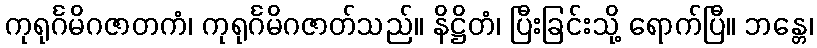
ကုရုင်္ဂမိဂဇာတကံ၊ ကုရုင်္ဂမိဂဇာတ်သည်။ နိဋ္ဌိတံ၊ ပြီးခြင်းသို့ ရောက်ပြီ။ ဘန္တေ၊